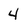
Character: 4